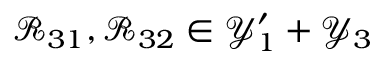
\mathcal { R } _ { 3 1 } , \mathcal { R } _ { 3 2 } \in \mathcal { Y } _ { 1 } ^ { \prime } + \mathcal { Y } _ { 3 }